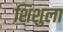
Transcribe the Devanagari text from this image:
शिशुला